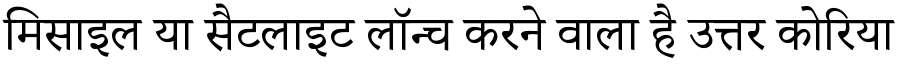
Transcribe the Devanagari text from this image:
मिसाइल या सैटलाइट लॉन्च करने वाला है उत्तर कोरिया